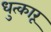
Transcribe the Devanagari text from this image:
धुत्कारू